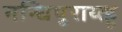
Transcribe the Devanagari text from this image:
नन्धिपुराथ्त्हू